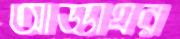
আড্ডাঘর